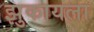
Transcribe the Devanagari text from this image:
झुकायला